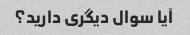
آیا سوال دیگری دارید؟